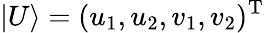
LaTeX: |U\rangle=(u_{1},u_{2},v_{1},v_{2})^{\mathrm{T}}